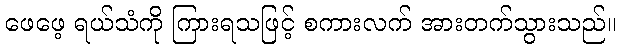
ဖေဖေ့ ရယ်သံကို ကြားရသဖြင့် စကားလက် အားတက်သွားသည်။